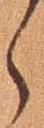
々